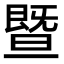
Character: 暨